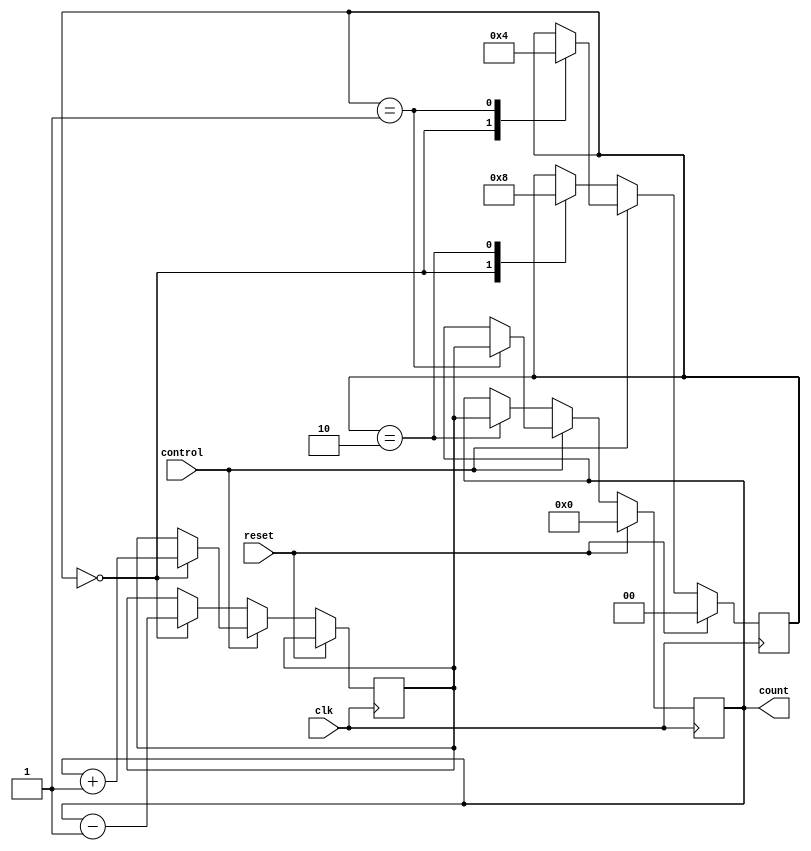
module up_down_counter(
    input wire clk,
    input wire reset,
    input wire control,
    output reg [7:0] count
);

reg [1:0] state;
reg [7:0] temp_count;

always@(posedge clk) begin
    if(reset) begin
        count <= 8'h00;
        state <= 2'b00;
    end
    else begin
        if(control) begin
            case(state)
                2'b00: begin
                    temp_count <= count + 1;
                    state <= 2'b01;
                end
                2'b01: begin
                    count <= temp_count;
                    state <= 2'b00;
                end
            endcase
        end
        else begin
            case(state)
                2'b00: begin
                    temp_count <= count - 1;
                    state <= 2'b10;
                end
                2'b10: begin
                    count <= temp_count;
                    state <= 2'b00;
                end
            endcase
        end
    end
end

endmodule